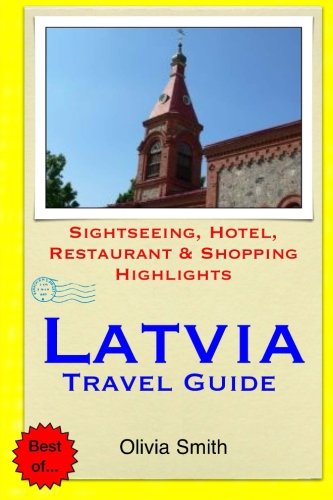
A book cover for Latvia Travel Guide: Sightseeing, Hotel, Restaurant & Shopping Highlights; Olivia Smith; Travel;